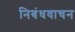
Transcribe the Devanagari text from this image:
निबंधवाचन